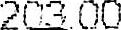
203.00